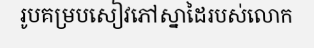
រូបគម្របសៀវភៅស្នាដៃរបស់លោក